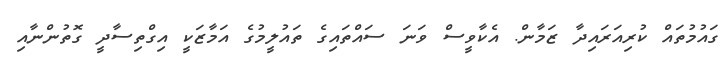
ގައުމުތައް ކުރިއަރައިދާ ޒަމާން. އެކާވީސް ވަނަ ސައްތައިގެ ތައުލީމުގެ އަމާޒަކީ އިގްތިސާދީ ގޮތުންނާއި